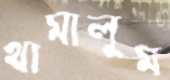
থামালুম